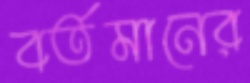
বর্তমানের